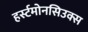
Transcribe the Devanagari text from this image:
हर्स्टमोनसिउक्स